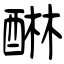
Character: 醂